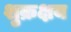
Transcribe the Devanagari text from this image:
शुक्रक्षय